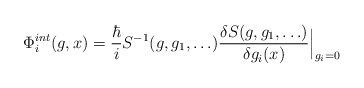
\begin{align*}\Phi_{i}^{int}(g,x) = {\hbar \over i}S^{-1}(g,g_1, \ldots) \frac{\delta S(g,g_1,\ldots)}{ \delta g_i(x)} \Big|_{g_i=0}\end{align*}